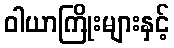
ဝါယာကြိုးများနှင့်